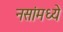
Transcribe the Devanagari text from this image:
नसांमध्ये